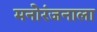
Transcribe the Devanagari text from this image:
मनोरंजनाला